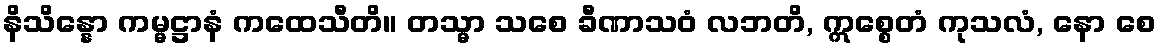
နိသိန္နော ကမ္မဋ္ဌာနံ ကထေသီတိ။ တသ္မာ သစေ ခီဏာသဝံ လဘတိ, ဣစ္စေတံ ကုသလံ, နော စေ